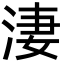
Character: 淒